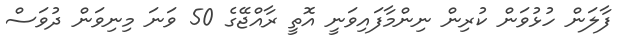
ފާލަން ހުޅުވަން ކުރިން ނިންމާފައިވަނީ އޮތީ ރާއްޖޭގެ 50 ވަނަ މިނިވަން ދުވަސް